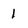
Character: I